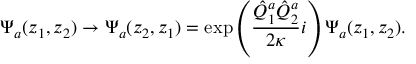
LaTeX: \Psi _ { a } ( z _ { 1 } , z _ { 2 } ) \rightarrow \Psi _ { a } ( z _ { 2 } , z _ { 1 } ) = \exp \left( \frac { \hat { Q } _ { 1 } ^ { a } \hat { Q } _ { 2 } ^ { a } } { 2 \kappa } i \right) \Psi _ { a } ( z _ { 1 } , z _ { 2 } ) .